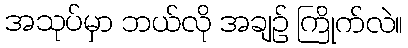
အသုပ်မှာ ဘယ်လို အချဉ် ကြိုက်လဲ။